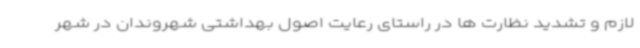
لازم و تشدید نظارت ها در راستای رعایت اصول بهداشتی شهروندان در شهر